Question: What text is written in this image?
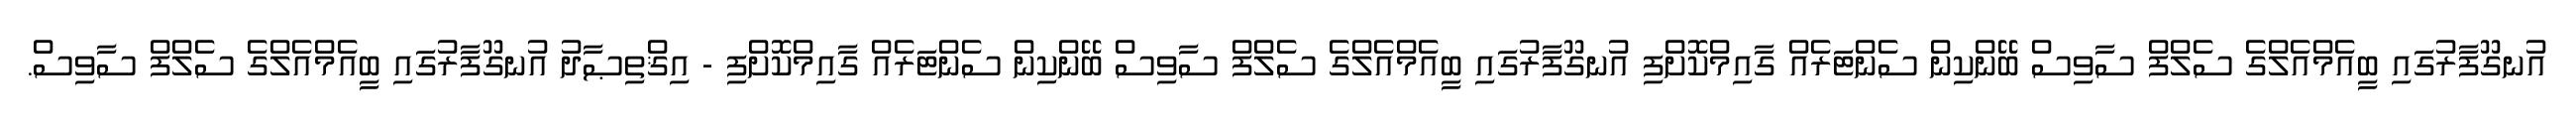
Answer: އުނގޫފާރުގައި ބީއެމްއެލްގެ ސެލްފް ސާވިސް ބޭންކިން ސެންޓަރެއް ގާއިމްކޮށްފި އުނގޫފާރުގައި ބީއެމްއެލްގެ ސެލްފް ސާވިސް ބޭންކިން ސެންޓަރެއް ގާއިމްކޮށްފި - އިޤްތިޞާދު އުނގޫފާރުގައި ބީއެމްއެލްގެ ސެލްފް ސާވިސް.